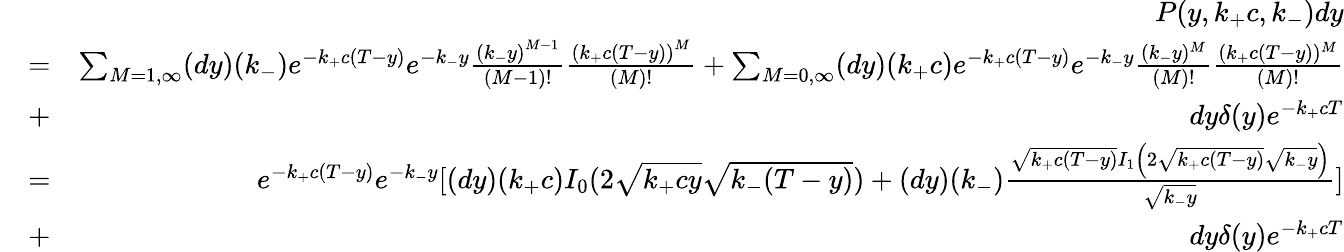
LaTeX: \begin{array}{rlr}&{}&{P(y,k_{+}c,k_{-})dy}\\ &{=}&{\sum_{M=1,\infty}(dy)(k_{-})e^{-k_{+}c(T-y)}e^{-k_{-}y}\frac{{(k_{-}y)}^{M-1}}{(M-1)!}\frac{{(k_{+}c(T-y))}^{M}}{(M)!}+\sum_{M=0,\infty}(dy)(k_{+}c)e^{-k_{+}c(T-y)}e^{-k_{-}y}\frac{(k_{-}y)^{M}}{(M)!}\frac{(k_{+}c(T-y))^{M}}{(M)!}}\\ &{+}&{dy\delta(y)e^{-k_{+}cT}}\\ &{=}&{e^{-k_{+}c(T-y)}e^{-k_{-}y}[(dy)(k_{+}c)I_{0}(2\sqrt{k_{+}cy}\sqrt{k_{-}(T-y)})+(dy)(k_{-})\frac{\sqrt{k_{+}c(T-y)}I_{1}\left(2\sqrt{k_{+}c(T-y)}\sqrt{k_{-}y}\right)}{\sqrt{k_{-}y}}]}\\ &{+}&{dy\delta(y)e^{-k_{+}cT}}\end{array}